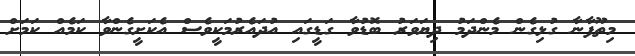
މިތޫފާނާ ގުޅިގެން މެންދަމު ދިޔަވަރު ބޮޑުވާ ގަޑީގައި އުދައެރުމަކީވެސް އެކަށީގެންވާ ކަމެއް ކަމަށް